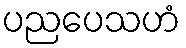
ပညပေသဟံ